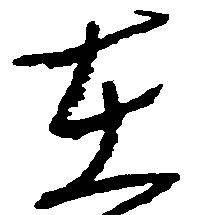
在